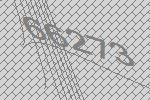
66273